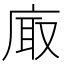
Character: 𢈾